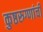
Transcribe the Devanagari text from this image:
कुष्ठरुग्णांची